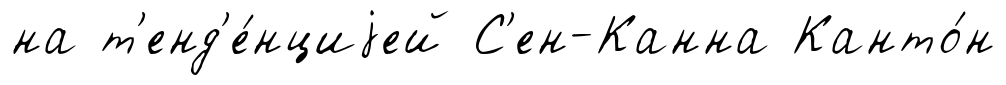
на т'енд'е́нциjей С'ен-Канна Канто́н